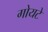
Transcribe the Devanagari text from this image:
गोयटे